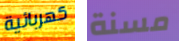
كهربائية مسنة